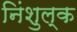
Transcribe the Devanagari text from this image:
निंशुल्क